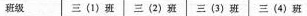
班级 三(1)班 三(2)班 三(3)班 三(4)班